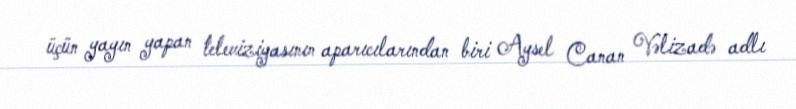
üçün yayın yapan televiziyasının aparıcılarından biri Aysel Canan Vəlizadə adlı